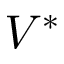
V ^ { \ast }